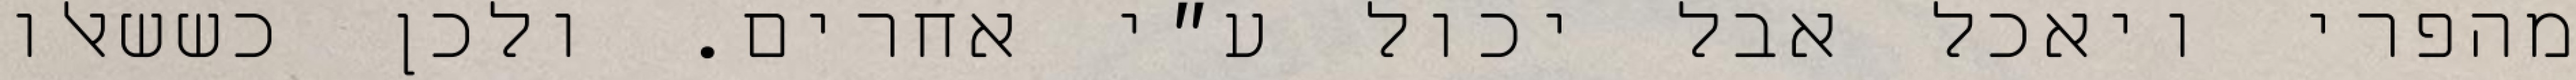
מהפרי ויאכל אבל יכול ע״י אחרים. ולכן כששאלו